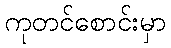
ကုတင်စောင်းမှာ